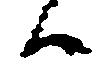
候